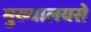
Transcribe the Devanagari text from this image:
मुख्यालयसे